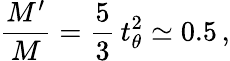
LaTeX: {\frac{M^{\prime}}{M}}={\frac{5}{3}}\, t_{\theta}^{2}\simeq 0.5\, ,